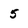
Character: 5